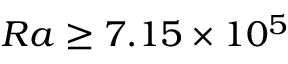
R a \geq 7 . 1 5 \times 1 0 ^ { 5 }